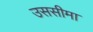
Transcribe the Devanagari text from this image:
उससीमा